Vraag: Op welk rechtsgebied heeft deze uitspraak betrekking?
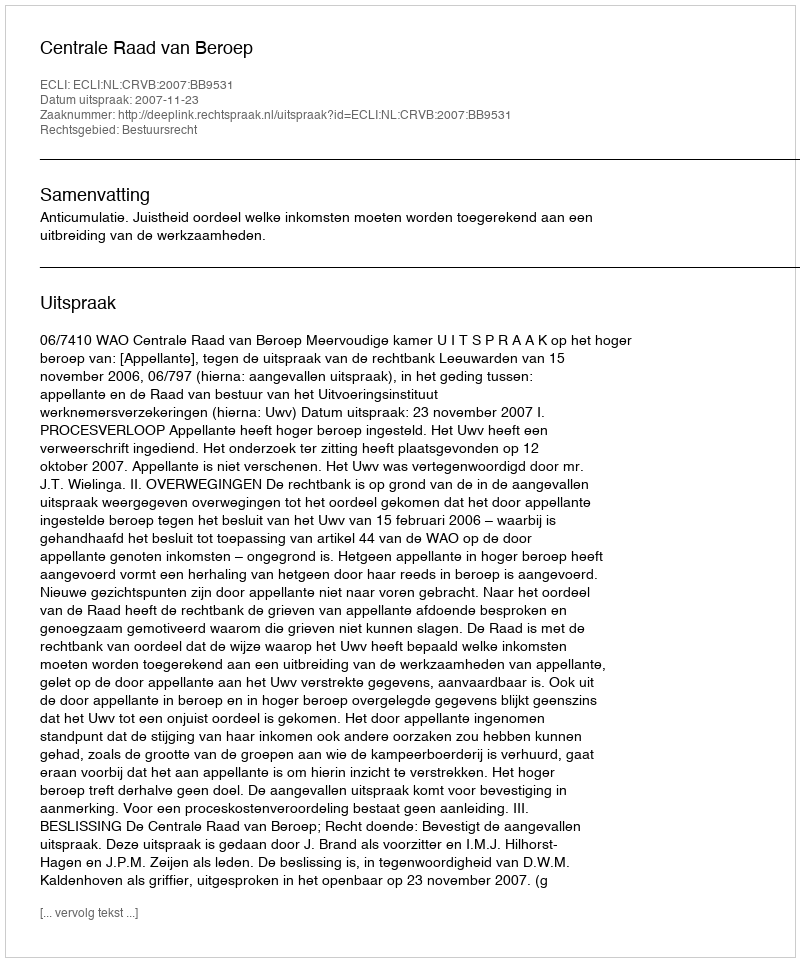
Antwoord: Bestuursrecht